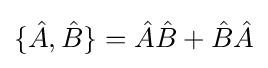
\{{\hat {A}},{\hat {B}}\}={\hat {A}}{\hat {B}}+{\hat {B}}{\hat {A}}